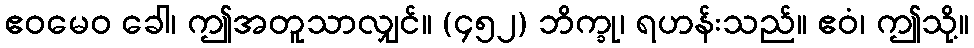
ဧဝမေဝ ခေါ၊ ဤအတူသာလျှင်။ (၄၅၂) ဘိက္ခု၊ ရဟန်းသည်။ ဧဝံ၊ ဤသို့။